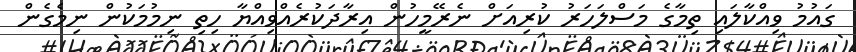
ގައުމު ވިއްކާލައި ތިމާގެ މަސްލަހަރު ކުރިއަށް ނެރޭމީހުން އިރާދަކުރެއްވިއްޔާ ހިތި ނިމުމަކުން ނިމެގެން